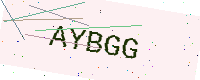
Text: AYBGG